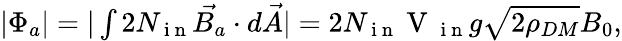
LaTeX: \begin{array}{r}{|\Phi_{a}|=|\int 2N_{\mathrm{~i~n~}}\vec{B_{a}}\cdot{d\vec{A}}|=2N_{\mathrm{~i~n~}}\mathrm{~V~}_{\mathrm{~i~n~}}g\sqrt{2\rho_{DM}}B_{0},}\end{array}